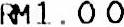
RM1.00